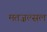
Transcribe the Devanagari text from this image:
मतज़ल्सल